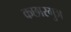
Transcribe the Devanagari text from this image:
कछारगुञ